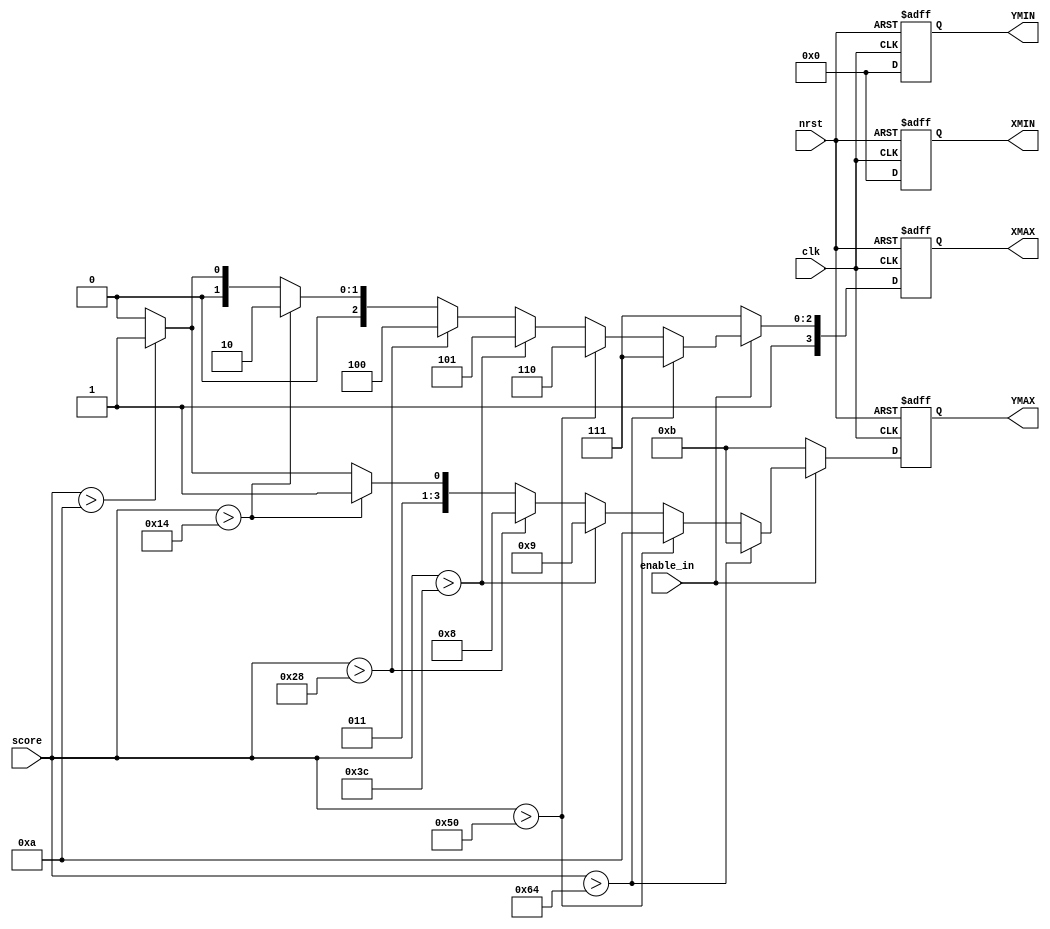
module t06_BorderGen (
	clk,
	nrst,
	enable_in,
	score,
	XMAX,
	XMIN,
	YMAX,
	YMIN
);
	reg _sv2v_0;
	input wire clk;
	input wire nrst;
	input wire enable_in;
	input wire [7:0] score;
	output reg [3:0] XMAX;
	output reg [3:0] XMIN;
	output reg [3:0] YMAX;
	output reg [3:0] YMIN;
	reg [3:0] xmax_n;
	reg [3:0] xmin_n;
	reg [3:0] ymax_n;
	reg [3:0] ymin_n;
	always @(posedge clk or negedge nrst)
		if (~nrst) begin
			XMAX = 4'd15;
			XMIN = 4'd0;
			YMAX = 4'd11;
			YMIN = 4'd0;
		end
		else if (enable_in) begin
			XMAX = xmax_n;
			XMIN = xmin_n;
			YMAX = ymax_n;
			YMIN = ymin_n;
		end
		else begin
			XMAX = 4'd15;
			XMIN = 4'd0;
			YMAX = 4'd11;
			YMIN = 4'd0;
		end
	always @(*) begin
		if (_sv2v_0)
			;
		if (score > 100) begin
			xmax_n = 4'd15;
			xmin_n = 4'd0;
			ymax_n = 4'd11;
			ymin_n = 4'd0;
		end
		else if (score > 80) begin
			xmax_n = 4'd14;
			xmin_n = 4'd0;
			ymax_n = 4'd10;
			ymin_n = 4'd0;
		end
		else if (score > 60) begin
			xmax_n = 4'd13;
			xmin_n = 4'd0;
			ymax_n = 4'd9;
			ymin_n = 4'd0;
		end
		else if (score > 40) begin
			xmax_n = 4'd12;
			xmin_n = 4'd0;
			ymax_n = 4'd8;
			ymin_n = 4'd0;
		end
		else if (score > 20) begin
			xmax_n = 4'd10;
			xmin_n = 4'd0;
			ymax_n = 4'd7;
			ymin_n = 4'd0;
		end
		else if (score > 10) begin
			xmax_n = 4'd9;
			xmin_n = 4'd0;
			ymax_n = 4'd7;
			ymin_n = 4'd0;
		end
		else begin
			xmax_n = 4'd8;
			xmin_n = 4'd0;
			ymax_n = 4'd6;
			ymin_n = 4'd0;
		end
	end
	initial _sv2v_0 = 0;
endmodule